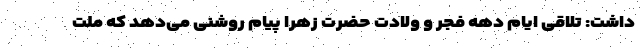
داشت: تلاقی ایام دهه فجر و ولادت حضرت زهرا پیام روشنی می‌دهد که ملت